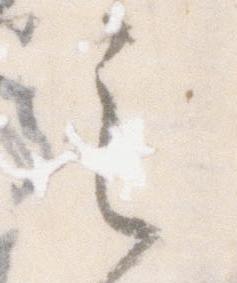
之